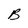
Character: B